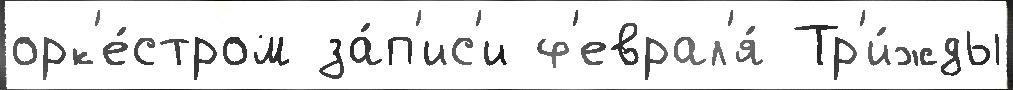
орк'е́стром за́п'ис'и ф'еврал'я́ Тр'и́жды